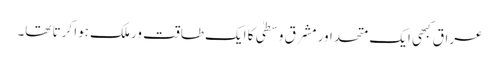
عراق کبھی ایک متحد اور مشرق وسطیٰ کا ایک طاقت ور ملک ہوا کرتا تھا۔